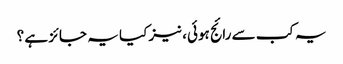
یہ کب سے رائج ہوئی، نیز کیا یہ جائز ہے ؟